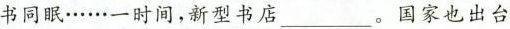
书同眠……一时间，新型书店 ___。国家也出台